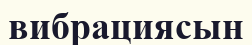
вибрациясын